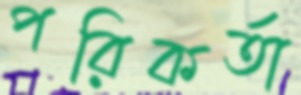
পরিকর্তা